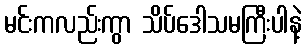
မင်းကလည်းကွာ သိပ်ဒေါသမကြီးပါနဲ့